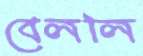
বেললি